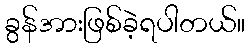
ခွန်အားဖြစ်ခဲ့ရပါတယ်။